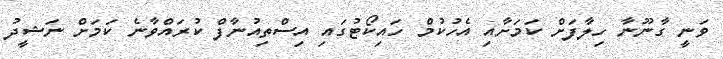
ވަނީ ގާނޫނާ ހިލާފަށް ކަމަށާއި އެހުކުމް ހައިކޯޓުގައި އިސްތިއުނާފް ކުރައްވާނެ ކަމަށް ނަޝީދު